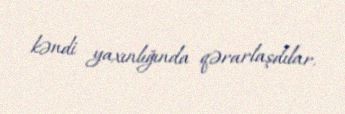
kəndi yaxınlığında qərarlaşdılar.